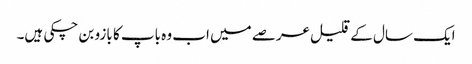
ایک سال کے قلیل عرصے میں اب وہ باپ کا بازو بن چکی ہیں۔